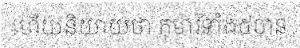
ហើយនិយាយថា កុមារីទាំង៥បាន